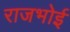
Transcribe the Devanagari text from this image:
राजभोई